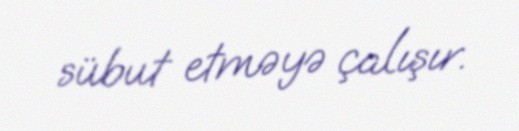
sübut etməyə çalışır.